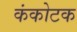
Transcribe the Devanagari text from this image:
कंकोटक